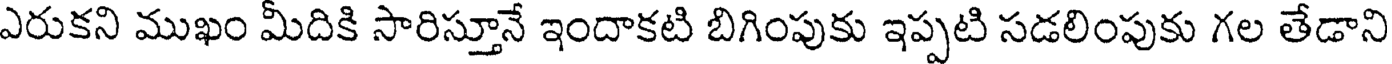
ఎరుకని ముఖం మీదికి సారిస్తూనే ఇందాకటి బిగింపుకు ఇప్పటి సడలింపుకు గల తేడాని